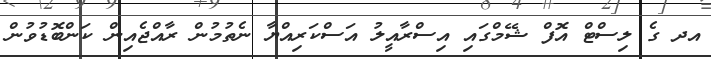
އދ ގެ ލިސްޓް އޮފް ޝޭމްގައި އިސްރާއީލު އަސްކަރިއްޔާ ނެތުމުން ރާއްޖެއިން ކަންބޮޑުވުން